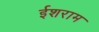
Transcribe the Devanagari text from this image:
ईशराम